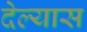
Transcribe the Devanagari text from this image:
देल्यास